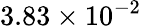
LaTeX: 3.83\times 10^{-2}